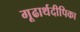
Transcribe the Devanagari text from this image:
गूढार्थदीपिका